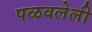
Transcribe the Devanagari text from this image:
पळवलेली